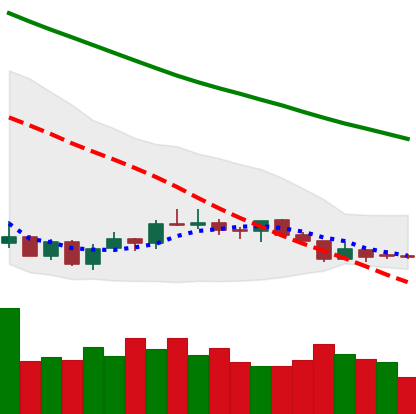
Ticker: LTC-USD
Chart end date: 2018-07-14
Forward return: 12.963%
Label: up_7plus